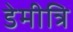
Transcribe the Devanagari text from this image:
डेमीत्रि